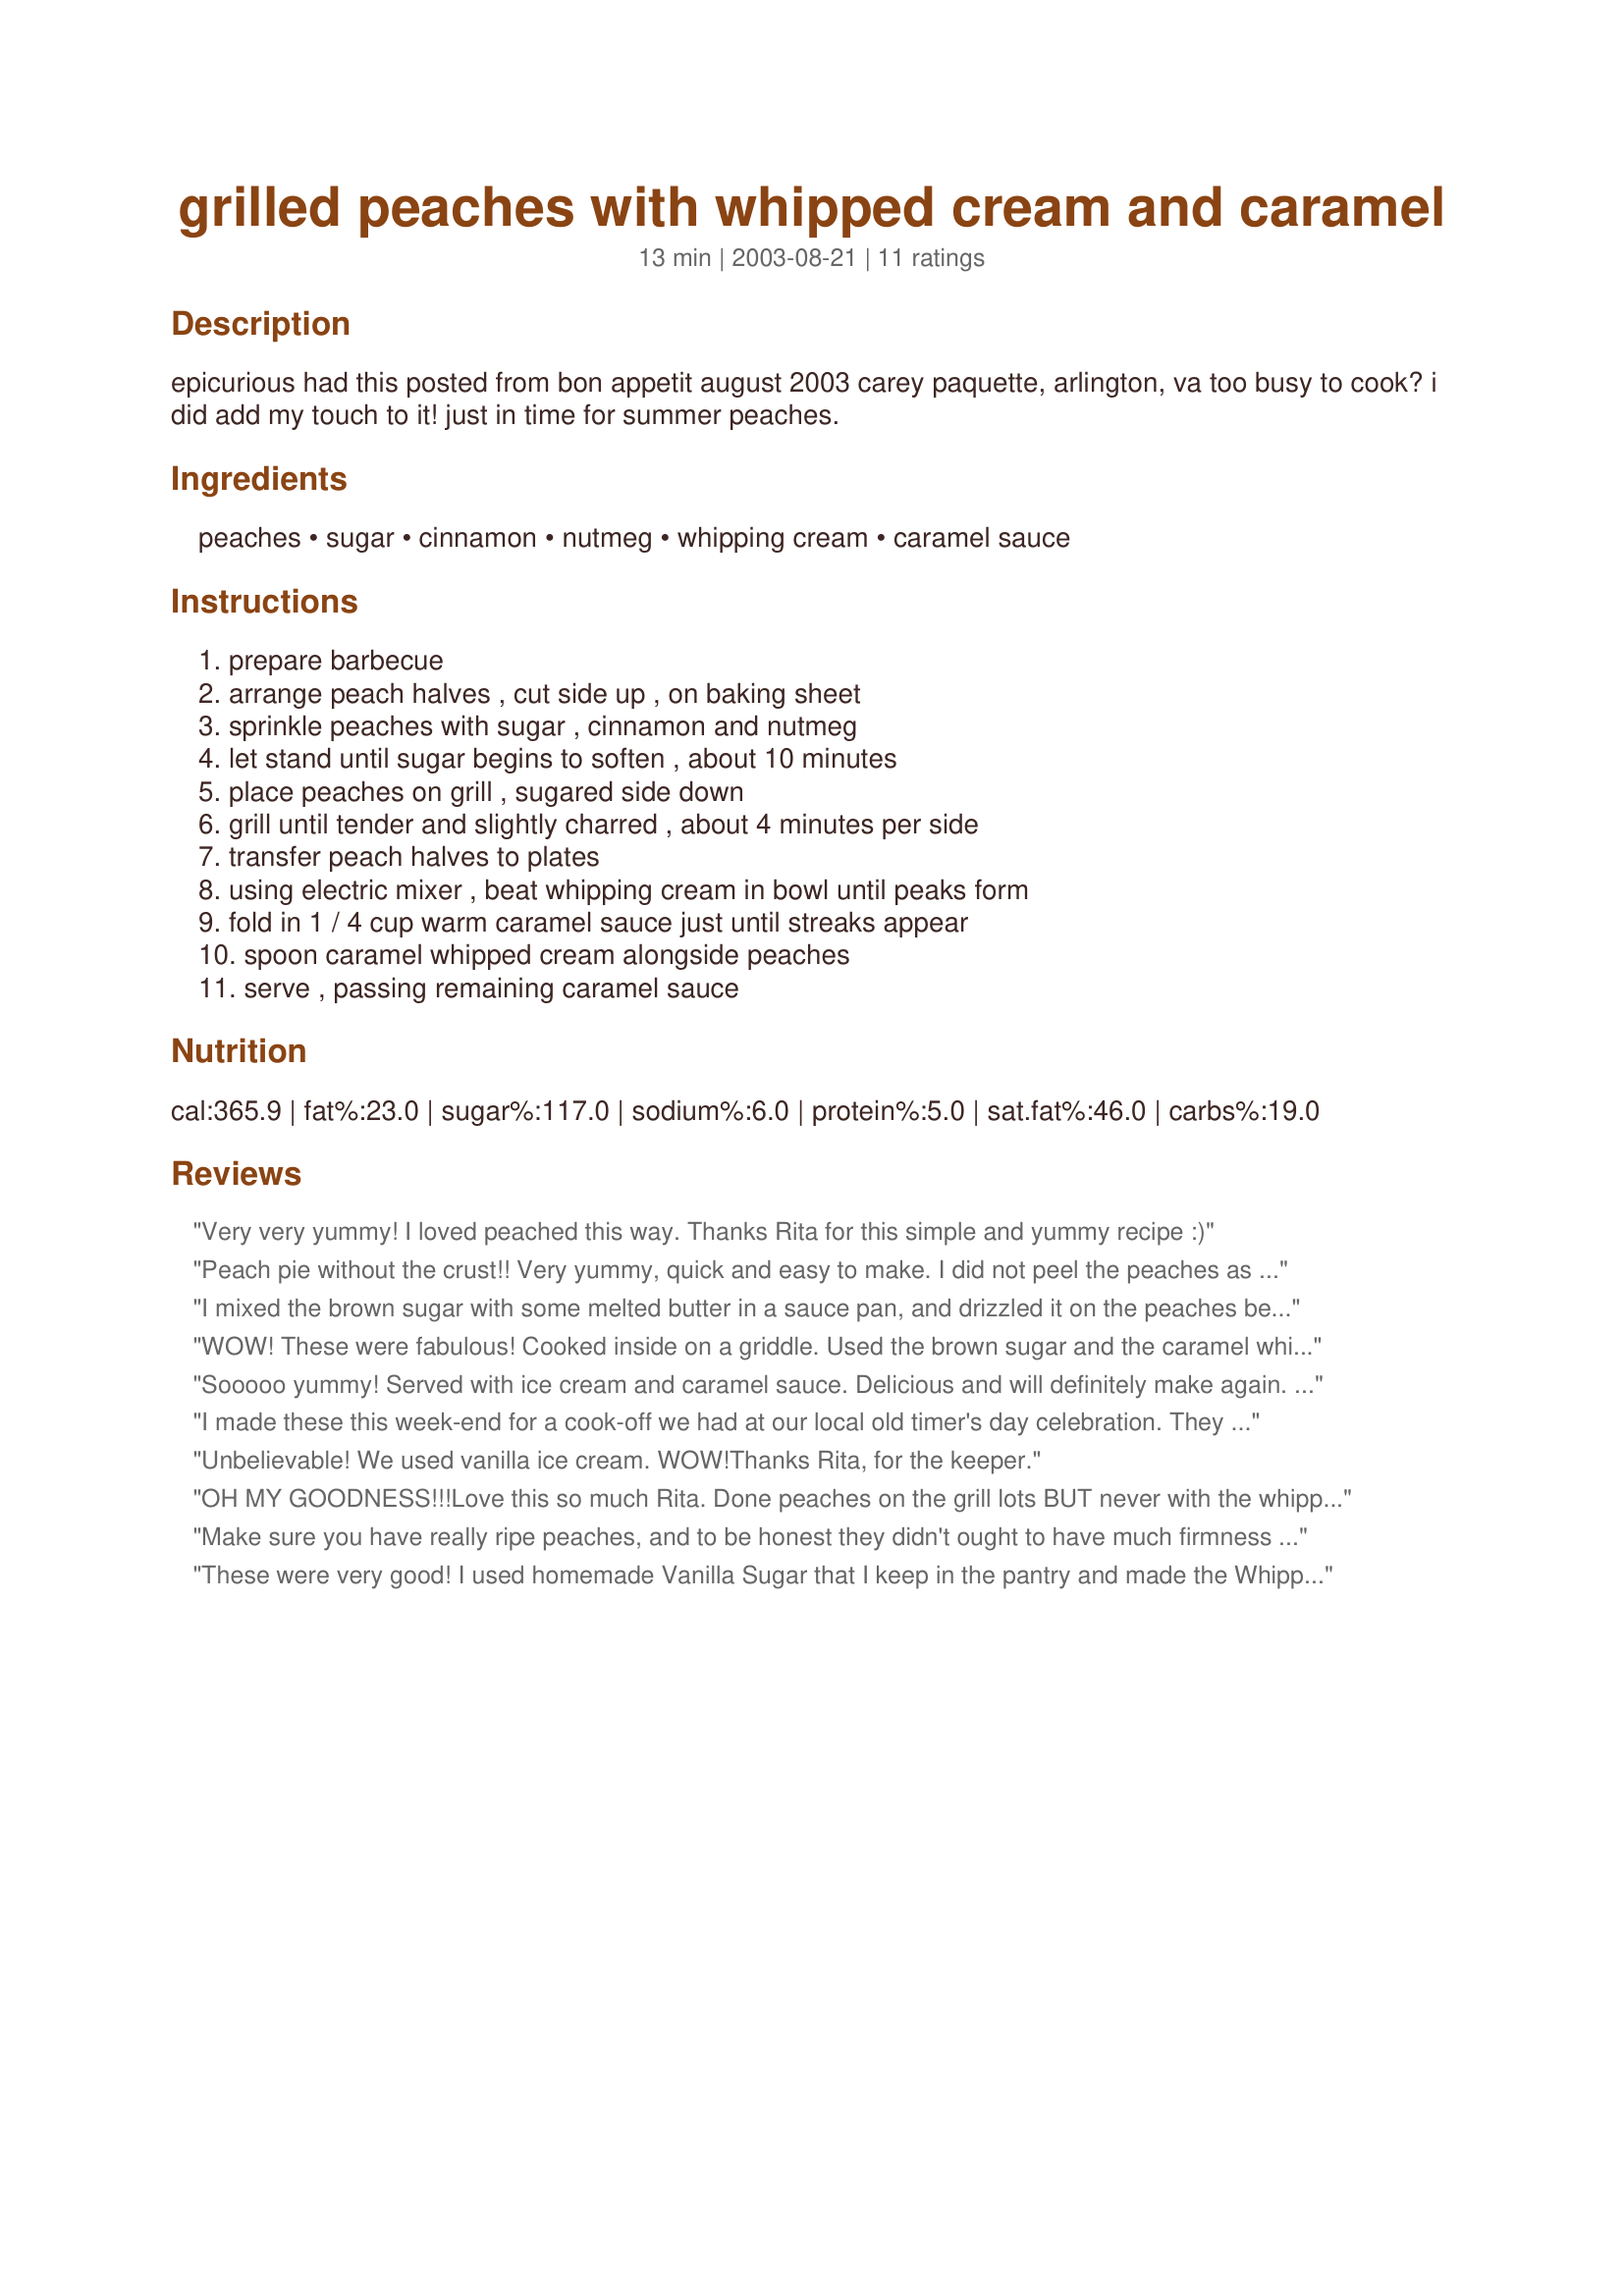
grilled peaches with whipped cream and caramel
Preparation time: 13 minutes

epicurious had this posted from bon appetit august 2003 carey paquette, arlington, va too busy to cook? i did add my touch to it! just in time for summer peaches.

Ingredients:
peaches, sugar, cinnamon, nutmeg, whipping cream, caramel sauce

Steps:
prepare barbecue, arrange peach halves , cut side up , on baking sheet, sprinkle peaches with sugar , cinnamon and nutmeg, let stand until sugar begins to soften , about 10 minutes, place peaches on grill , sugared side down, grill until tender and slightly charred , about 4 minutes per side, transfer peach halves to plates, using electric mixer , beat whipping cream in bowl until peaks form, fold in 1 / 4 cup warm caramel sauce just until streaks appear, spoon caramel whipped cream alongside peaches, serve , passing remaining caramel sauce

Reviews:
Very very yummy! I loved peached this way. Thanks Rita for this simple and yummy recipe :)
Peach pie without the crust!! Very yummy, quick and easy to make. I did not peel the peaches as advised - but next time I will! We had it with ice cream. Absolutely great!
I mixed the brown sugar with some melted butter in a sauce pan, and drizzled it on the peaches before cooking. Served with butter pecan ice cream, it was heavenly. 
I made these for the in-laws, and everyone liked them. A keeper!
WOW! These were fabulous! Cooked inside on a griddle. Used the brown sugar and the caramel whipped cream.Thanks for an incredible treat!
Sooooo yummy! Served with ice cream and caramel sauce. Delicious and will definitely make again. I think next time some roasted pecans or some butter pecan ice cream would go perfectly!
I made these this week-end for a cook-off we had at our local old timer's day celebration. They were a BIG hit. I did make one change. I melted butter and added the brown sugar to it and then poured over the peaches. I then sprinkled some brown sugar over the peaches before grilling. Our grill was big so I put one sheet of foil over it so the peaches wouldn't fall through. Left on about 10 minutes total (fire wasn't too hot). Mixed the caramel sauce with cool whip and just drizzled on peaches. Yum Yum. So many people had never heard of grilling a peach. Thanks!
Unbelievable! We used vanilla ice cream. WOW!Thanks Rita, for the keeper.
OH MY GOODNESS!!!Love this so much Rita. Done peaches on the grill lots BUT never with the whipped cream and caramel! Did the real stuff at home but when we camp gonna have to use cool whip only because I refuse to carry my mixer camping!!! lol..Thanx girl for a great dessert!
Make sure you have really ripe peaches, and to be honest they didn't ought to have much firmness to them at all. The cream was a disappointment. And don't try using carb-free sugar as a substitute if you're cooking for a diabetic - it doesn't caramelise well at all!
These were very good! I used homemade Vanilla Sugar that I keep in the pantry and made the Whipped Cream from scratch. DH ate his first while I was taking pictures ;) and thought it needed a little texture. We started talking about a few nuts or oatmeal or something when he said Graham Cracker crumbs. Just happen to have some so I ran to the pantry and gave mine a little sprinkling. That did the trick! Will do again. Thanks!
I mixed the sugar and spices in a bowl and dipped the cut side of peaches in it. Turned them cut side up on a plate and let them sit a few minutes. Then cooked them as per recipe. I served them just with a little vanilla ice cream and was quickly wishing I'd made more than a 1/2 peach per person. We all just loved them. Big KEEPER. And I will try the whipped cream & caramel when I have it on hand. Thanks.
